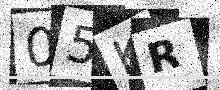
Text: 05KR